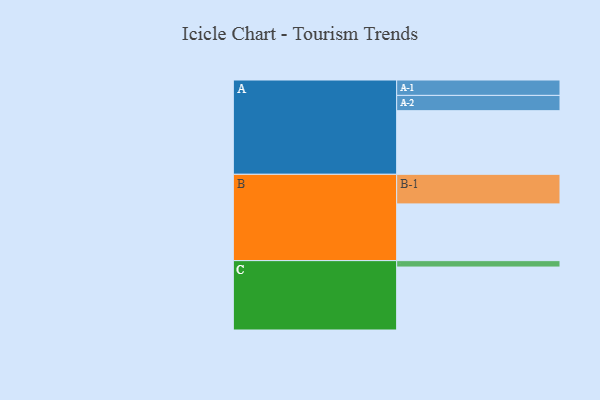
{"axis": {"x": "Segment", "y": "Value"}, "legend": ["", "A", "B", "C"], "data": [{"x": "A", "y": 574, "type": ""}, {"x": "B", "y": 512, "type": ""}, {"x": "C", "y": 568, "type": ""}, {"x": "A-1", "y": 139, "type": "A"}, {"x": "A-2", "y": 138, "type": "A"}, {"x": "B-1", "y": 267, "type": "B"}, {"x": "C-1", "y": 58, "type": "C"}]}